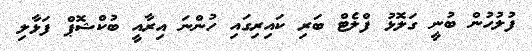
ފުލުހުން ބުނީ ގަލޮޅު ފްލެޓް ބަރި ކައިރިގައި ހުންނަ އިރާއީ ބުކްޝޮޕް ފަޅާލި